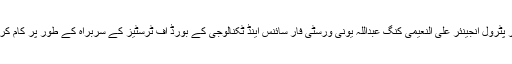
سابق وزیر پٹرول انجینئر علی النعیمی کنگ عبداللہ یونی ورسٹی فار سائنس اینڈ ٹکنالوجی کے بورڈ آف ٹرسٹیز کے سربراہ کے طور پر کام کر رہے ہیں۔